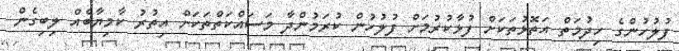
ފުލުހުންގެ ހިދުމަތް އަތޮޅުތަކަށް ފުޅާކުރުމަށް ފުލުހުން ކުރަމުންދާ މަސައްކަތްތަކަށް އިތުރު ކާމިޔާބެއް ލިބިގެން